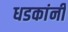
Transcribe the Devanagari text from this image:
धडकांनी